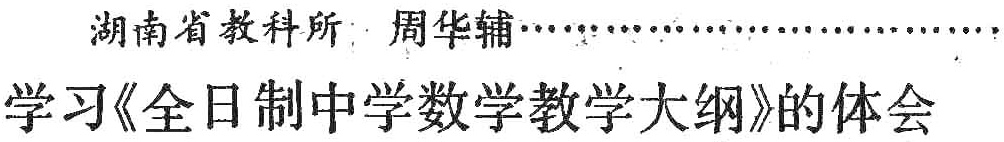
湖南省教科所 周华辅\cdots\cdots

学习《全日制中学数学教学大纲》的体会